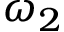
\omega _ { 2 }